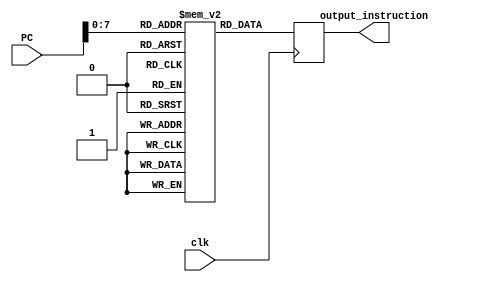
//This is the instruction set which takes the PC number and gives the instruction in that memory.

module instructionset(PC,clk,output_instruction);

input [31:0] PC;
output reg [31:0] output_instruction;
input clk;
reg [31:0] instruction[150:0];

integer num;

//These are the instructions that we use for matrix multiplication.

initial begin
    instruction[0] = 32'b10001110111100000000000000000000;
    instruction[1] = 32'b10001110111100010000000000001001;
    instruction[2] = 32'b00000010000100010100000000110000;
    instruction[3] = 32'b10001110111100000000000000000001;
    instruction[4] = 32'b10001110111100010000000000001100;
    instruction[5] = 32'b00000010000100010100100000110000;
    instruction[6] = 32'b10001110111100000000000000000010;
    instruction[7] = 32'b10001110111100010000000000001111;
    instruction[8] = 32'b00000010000100010101000000110000;
    instruction[9] = 32'b00000001000010010101100000100000;
    instruction[10] = 32'b00000001010010110110000000100000;
    instruction[11] = 32'b10101110111011000000000000110010;
// end
    instruction[12] = 32'b10001110111100000000000000000000;
    instruction[13] = 32'b10001110111100010000000000001010;
    instruction[14] = 32'b00000010000100010100000000110000;
    instruction[15] = 32'b10001110111100000000000000000001;
    instruction[16] = 32'b10001110111100010000000000001101;
    instruction[17] = 32'b00000010000100010100100000110000;
    instruction[18] = 32'b10001110111100000000000000000010;
    instruction[19] = 32'b10001110111100010000000000010000;
    instruction[20] = 32'b00000010000100010101000000110000;
    instruction[21] = 32'b00000001000010010101100000100000;
    instruction[22] = 32'b00000001010010110110000000100000;
    instruction[23] = 32'b10101110111011000000000000110011;
//end
    instruction[24] = 32'b10001110111100000000000000000000;
    instruction[25] = 32'b10001110111100010000000000001011;
    instruction[26] = 32'b00000010000100010100000000110000;
    instruction[27] = 32'b10001110111100000000000000000001;
    instruction[28] = 32'b10001110111100010000000000001110;
    instruction[29] = 32'b00000010000100010100100000110000;
    instruction[30] = 32'b10001110111100000000000000000010;
    instruction[31] = 32'b10001110111100010000000000010001;
    instruction[32] = 32'b00000010000100010101000000110000;
    instruction[33] = 32'b00000001000010010101100000100000;
    instruction[34] = 32'b00000001010010110110000000100000;
    instruction[35] = 32'b10101110111011000000000000110100;
//end
    instruction[36] = 32'b10001110111100000000000000000011;
    instruction[37] = 32'b10001110111100010000000000001001;
    instruction[38] = 32'b00000010000100010100000000110000;
    instruction[39] = 32'b10001110111100000000000000000100;
    instruction[40] = 32'b10001110111100010000000000001100;
    instruction[41] = 32'b00000010000100010100100000110000;
    instruction[42] = 32'b10001110111100000000000000000101;
    instruction[43] = 32'b10001110111100010000000000001111;
    instruction[44] = 32'b00000010000100010101000000110000;
    instruction[45] = 32'b00000001000010010101100000100000;
    instruction[46] = 32'b00000001010010110110000000100000;
    instruction[47] = 32'b10101110111011000000000000110101;
//end
    instruction[48] = 32'b10001110111100000000000000000011;
    instruction[49] = 32'b10001110111100010000000000001010;
    instruction[50] = 32'b00000010000100010100000000110000;
    instruction[51] = 32'b10001110111100000000000000000100;
    instruction[52] = 32'b10001110111100010000000000001101;
    instruction[53] = 32'b00000010000100010100100000110000;
    instruction[54] = 32'b10001110111100000000000000000101;
    instruction[55] = 32'b10001110111100010000000000010000;
    instruction[56] = 32'b00000010000100010101000000110000;
    instruction[57] = 32'b00000001000010010101100000100000;
    instruction[58] = 32'b00000001010010110110000000100000;
    instruction[59] = 32'b10101110111011000000000000110110;
//end
    instruction[60] = 32'b10001110111100000000000000000011;
    instruction[61] = 32'b10001110111100010000000000001011;
    instruction[62] = 32'b00000010000100010100000000110000;
    instruction[63] = 32'b10001110111100000000000000000100;
    instruction[64] = 32'b10001110111100010000000000001110;
    instruction[65] = 32'b00000010000100010100100000110000;
    instruction[66] = 32'b10001110111100000000000000000101;
    instruction[67] = 32'b10001110111100010000000000010001;
    instruction[68] = 32'b00000010000100010101000000110000;
    instruction[69] = 32'b00000001000010010101100000100000;
    instruction[70] = 32'b00000001010010110110000000100000;
    instruction[71] = 32'b10101110111011000000000000110111;
//end
    instruction[72] = 32'b10001110111100000000000000000110;
    instruction[73] = 32'b10001110111100010000000000001001;
    instruction[74] = 32'b00000010000100010100000000110000;
    instruction[75] = 32'b10001110111100000000000000000111;
    instruction[76] = 32'b10001110111100010000000000001100;
    instruction[77] = 32'b00000010000100010100100000110000;
    instruction[78] = 32'b10001110111100000000000000001000;
    instruction[79] = 32'b10001110111100010000000000001111;
    instruction[80] = 32'b00000010000100010101000000110000;
    instruction[81] = 32'b00000001000010010101100000100000;
    instruction[82] = 32'b00000001010010110110000000100000;
    instruction[83] = 32'b10101110111011000000000000111000;
//end
    instruction[84] = 32'b10001110111100000000000000000110;
    instruction[85] = 32'b10001110111100010000000000001010;
    instruction[86] = 32'b00000010000100010100000000110000;
    instruction[87] = 32'b10001110111100000000000000000111;
    instruction[88] = 32'b10001110111100010000000000001101;
    instruction[89] = 32'b00000010000100010100100000110000;
    instruction[90] = 32'b10001110111100000000000000001000;
    instruction[91] = 32'b10001110111100010000000000010000;
    instruction[92] = 32'b00000010000100010101000000110000;
    instruction[93] = 32'b00000001000010010101100000100000;
    instruction[94] = 32'b00000001010010110110000000100000;
    instruction[95] = 32'b10101110111011000000000000111001;
//end
    instruction[96] = 32'b10001110111100000000000000000110;
    instruction[97] = 32'b10001110111100010000000000001011;
    instruction[98] = 32'b00000010000100010100000000110000;
    instruction[99] = 32'b10001110111100000000000000000111;
    instruction[100] = 32'b10001110111100010000000000001110;
    instruction[101] = 32'b00000010000100010100100000110000;
    instruction[102] = 32'b10001110111100000000000000001000;
    instruction[103] = 32'b10001110111100010000000000010001;
    instruction[104] = 32'b00000010000100010101000000110000;
    instruction[105] = 32'b00000001000010010101100000100000;
    instruction[106] = 32'b00000001010010110110000000100000;
    instruction[107] = 32'b10101110111011000000000000111010;

//instruction for file_handling
    instruction[108] = 32'b11111111111111111111111111111111;

end

always@(posedge clk)
  begin
    num = PC;
    output_instruction = instruction[num];  //Here we are assigning the instruction present in the memory.
  end


endmodule